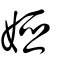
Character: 婭